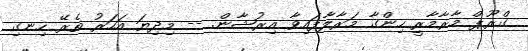
ގްރޫޕް މާރާމާރީ ހިންގާ މަރާލާފައިވާ އިރުޝާން. -- މިިދިޔަ އަހަރު ތެރޭ ހިނގި